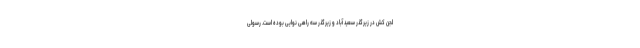
لجن کش در زیرگذر سعید آباد و زیرگذر سه راهی نوایی بوده است. رسولی